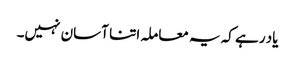
یاد رہے کہ یہ معاملہ اتنا آسان نہیں۔